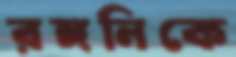
রঙ্গনিকে